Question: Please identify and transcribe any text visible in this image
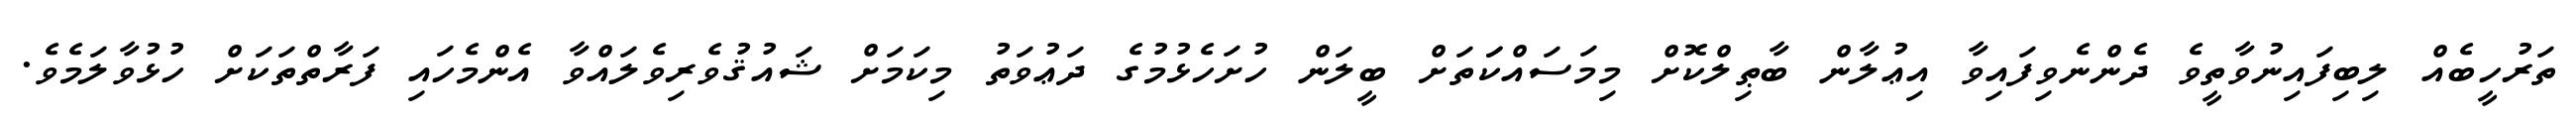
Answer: ތަރުހީބެއް ލިބިފައިނުވާތީވެ ދެންނެވިފައިވާ އިޢުލާން ބާޠިލްކޮށް މިމަސައްކަަތަށް ބީލަން ހުށަހެޅުމުގެ ދަޢުވަތު މިކަމަށް ޝައުޤުވެރިވެލައްވާ އެންމެހައި ފަރާތްތަކަށް ހުޅުވާލަމެވެ.